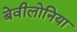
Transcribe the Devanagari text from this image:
बेवीलोनिया